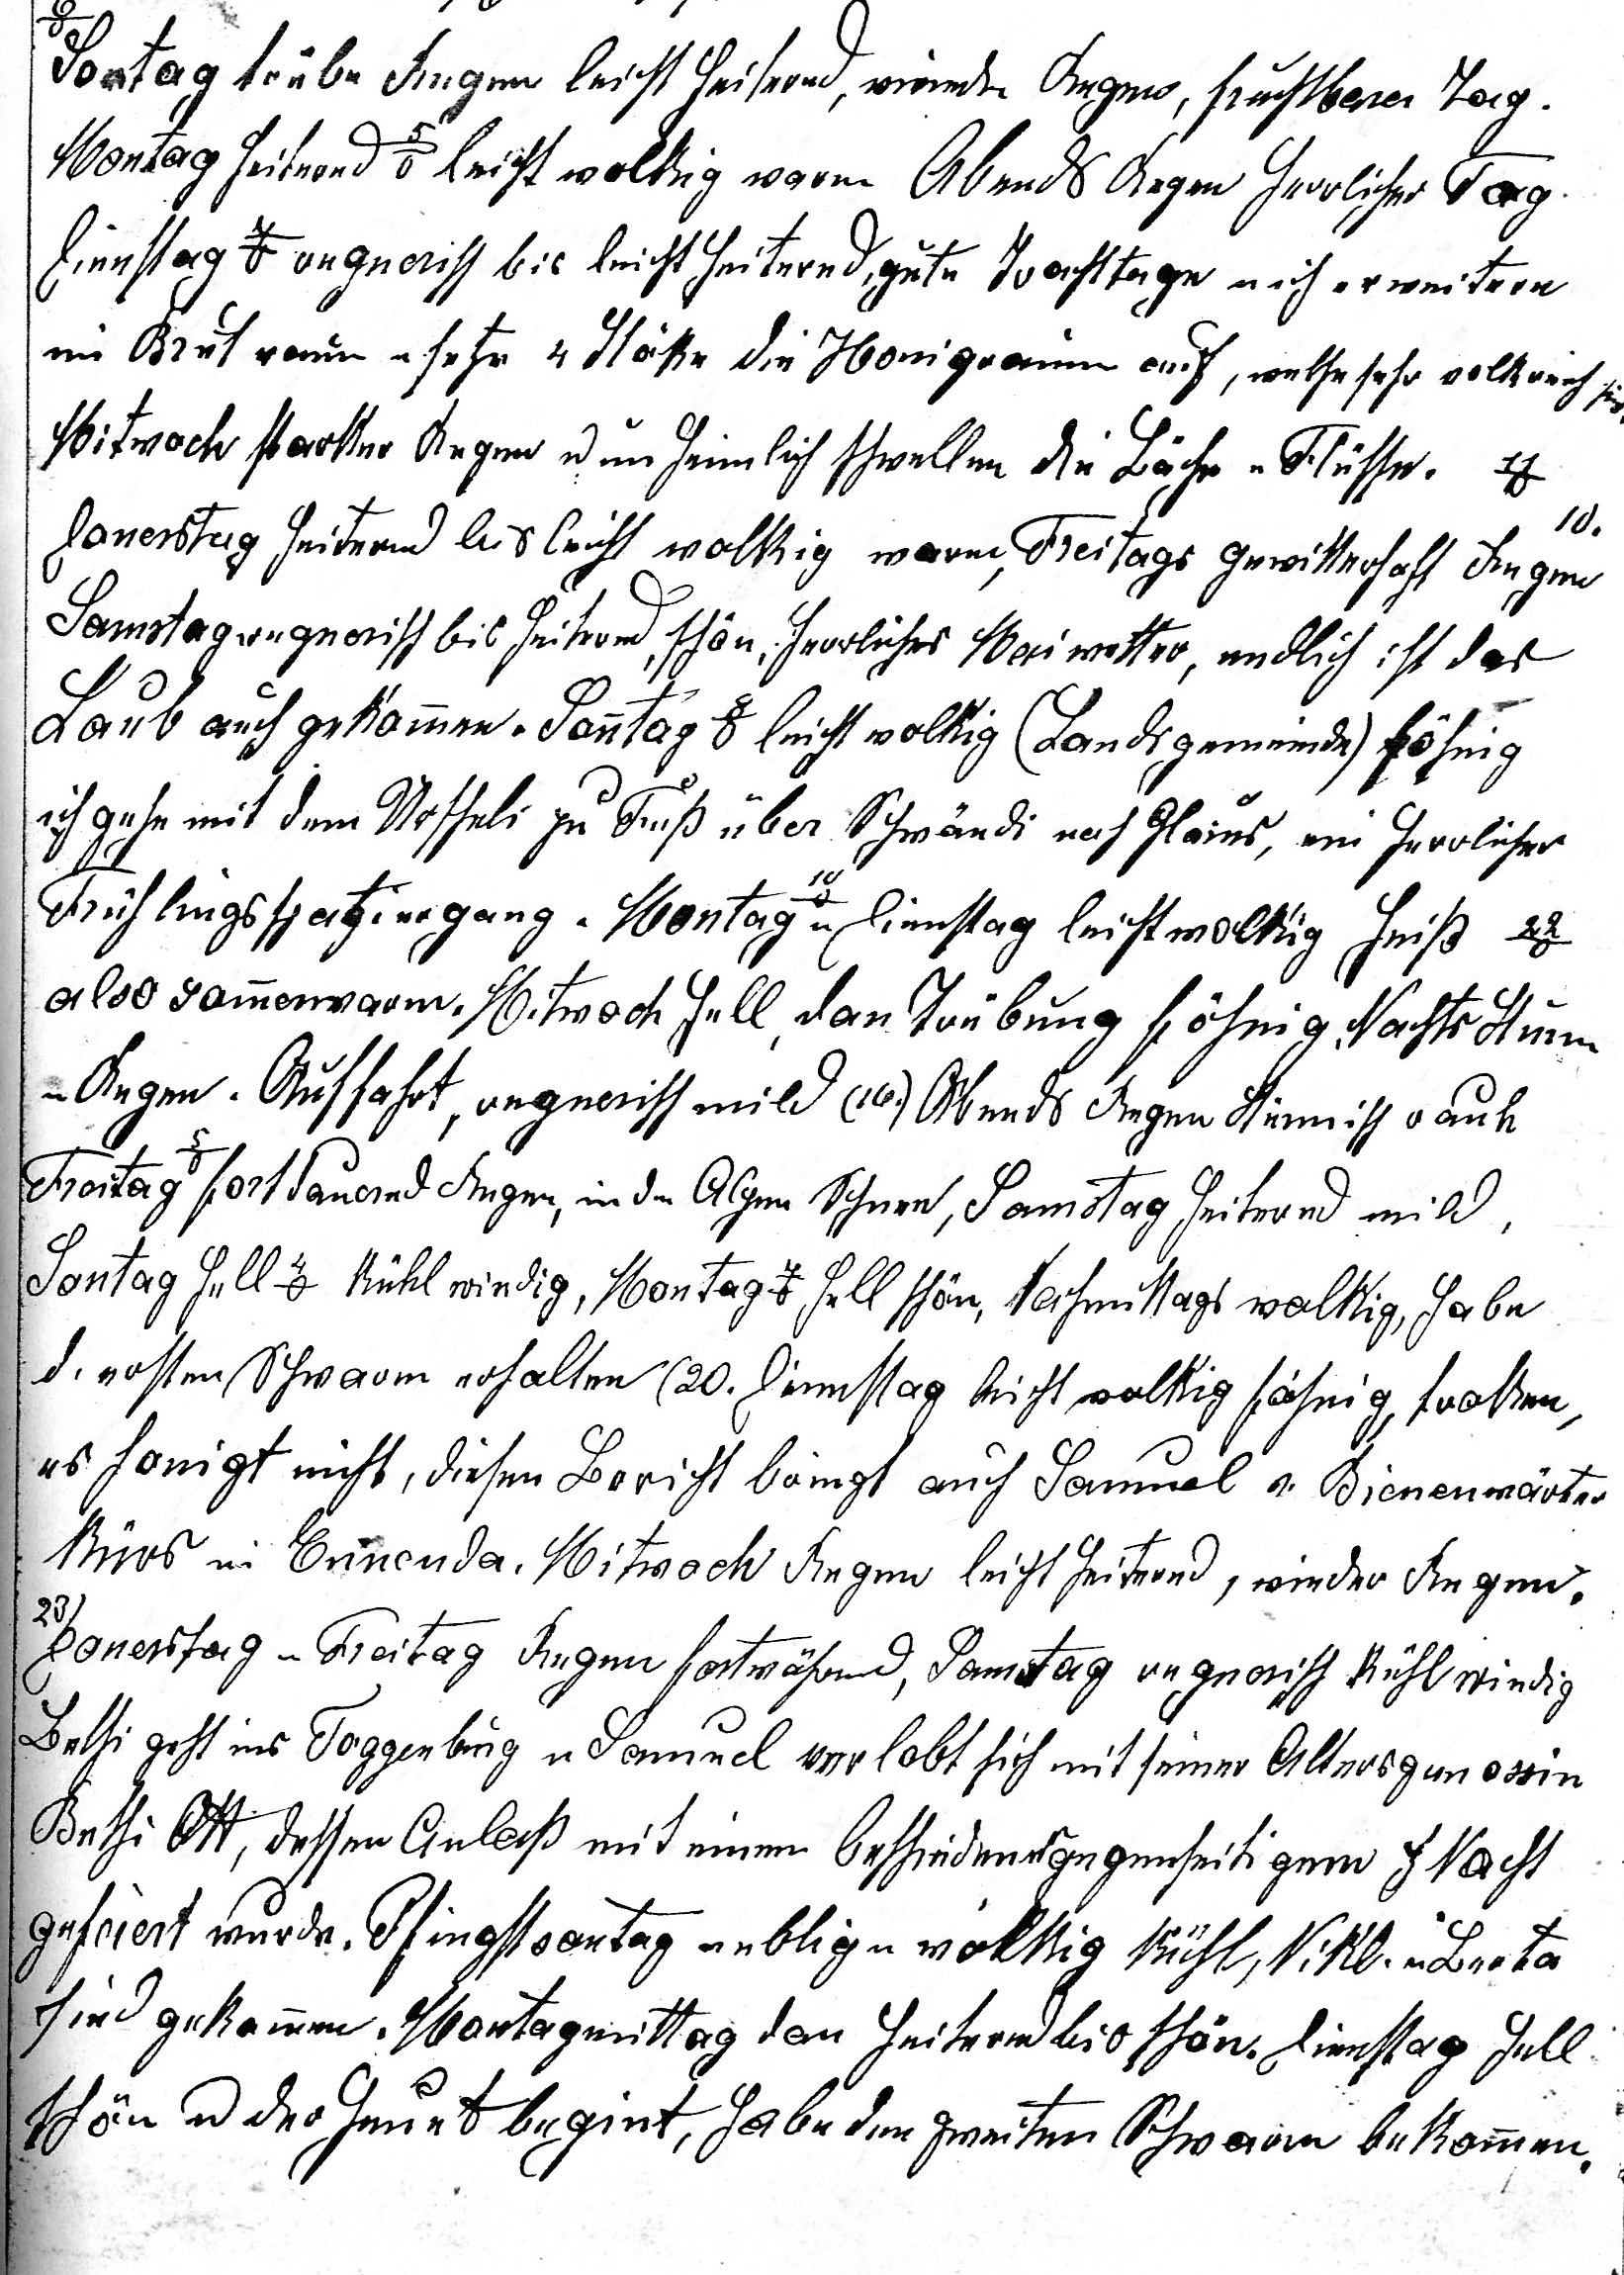
Sontag trübe Regen leicht heiternd, wieder Regen, fruchtbarer Tag.
Montag heiternd 5o leicht wolkig warm Abends Regen herrlicher Tag
Dienstag 7o regnerisch bis leicht heiternd, gute Trachttage nach erweitern
im Brutraum u setze 4 Stöke die Honigräume auf, welche sehr volkreich sind.
Mitwoch starker Regen u unheimlich schwellen die Bäche u Flüsse. 11o

Donerstag heiternd bis leicht wolkig, warm, Frei¬tags gewitterhaft Regen
Samstag regnerisch bis heiternd, schön, herrliches Maiwetter, endlich ist das
Laub auch gekommen. Sonntag 8o leicht wolkig (Landsge- meinde) föhnig
ich gehe mit dem Urscheli zu Fuss über Schwändi nach Glarus, ein herrlicher
Frühlingsspatziergang. Montag 10o u Dienstag leicht wolkig heiss 22o
also sommerwarm. Mitwoch hell, dan Trübung föhnig. Nachts Sturm
u Regen. Auffahrt, regnerisch mild (16.) Abends Regen stürmisch rauh
Freitag 5o fortdauernd Regen, in den Alpen Schnee, Samstag heiternd mild.
Sontag hell 4o kühl windig, Montag 4o hell schön, Nachmittags wolkig, habe
d. ersten Schwarm erhalten (20.) Dienstag leicht wolkig föhnig, troken,
es honigt nicht, diesen Bericht bringt auch Samuel v. Bienen¬wärter
Kurs in Ennenda. Mitwoch Regen leicht heiternd, wieder Regen,
20.
Donerstag u Freitag Regen fortwährend, Samstag regnerisch kühl windig
Bethi geht ins Toggenburg u Samuel verlobt sich mit seiner Altersgenossin
Bethi Ott, dessen Anlass mit einem bescheidenen gegenseitigen z’Nacht
gefeiert wurde. Pfingstsontag neblig u wolkig kühl, Nikl. u Berta
sind gekommen. Montagmittag dan heiternd bis schön, Dienstag hell
schön u der Heuet begint, habe den zweiten Schwarm bekommen.